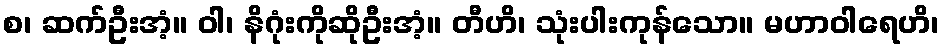
စ၊ ဆက်ဦးအံ့။ ဝါ၊ နိဂုံးကိုဆိုဦးအံ့။ တီဟိ၊ သုံးပါးကုန်သော။ မဟာဝါရေဟိ၊